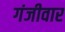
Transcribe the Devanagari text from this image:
गंजीवार